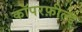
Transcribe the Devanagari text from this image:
कॉपरफ़ील्ड